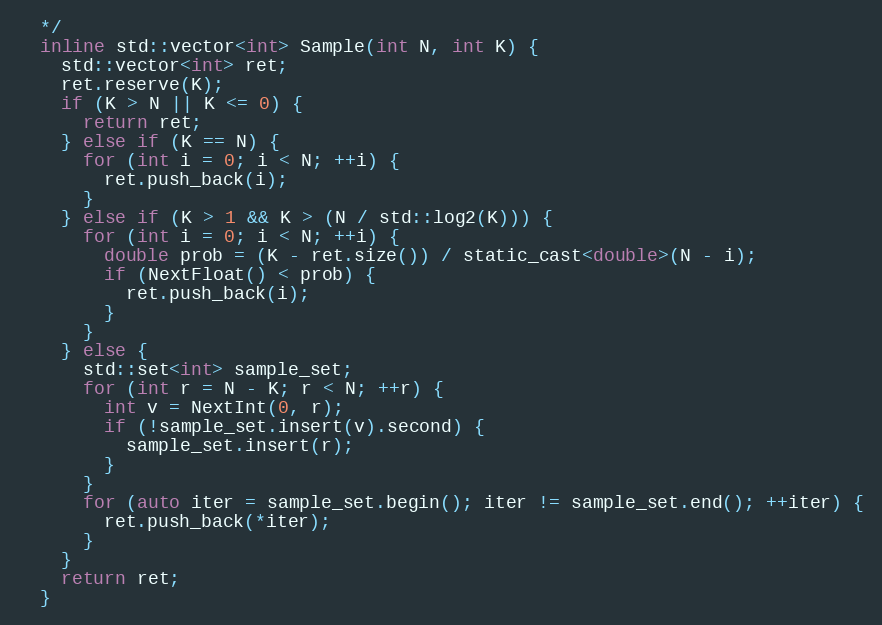
Language: C
  */
  inline std::vector<int> Sample(int N, int K) {
    std::vector<int> ret;
    ret.reserve(K);
    if (K > N || K <= 0) {
      return ret;
    } else if (K == N) {
      for (int i = 0; i < N; ++i) {
        ret.push_back(i);
      }
    } else if (K > 1 && K > (N / std::log2(K))) {
      for (int i = 0; i < N; ++i) {
        double prob = (K - ret.size()) / static_cast<double>(N - i);
        if (NextFloat() < prob) {
          ret.push_back(i);
        }
      }
    } else {
      std::set<int> sample_set;
      for (int r = N - K; r < N; ++r) {
        int v = NextInt(0, r);
        if (!sample_set.insert(v).second) {
          sample_set.insert(r);
        }
      }
      for (auto iter = sample_set.begin(); iter != sample_set.end(); ++iter) {
        ret.push_back(*iter);
      }
    }
    return ret;
  }